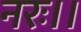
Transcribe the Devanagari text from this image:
नरः।।